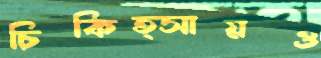
চিকিত্সায়ও